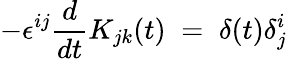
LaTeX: -\epsilon^{ij}\frac{d}{dt}K_{jk}(t)\; =\; \delta(t)\delta_{j}^{i}